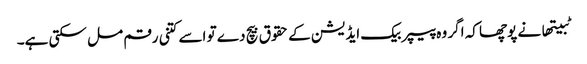
ٹبیتھا نے پوچھا کہ اگر وہ پیپر بیک ایڈیشن کے حقوق بیچ دے تو اسے کتنی رقم مل سکتی ہے۔